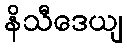
နိသီဒေယျ